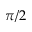
\pi / 2